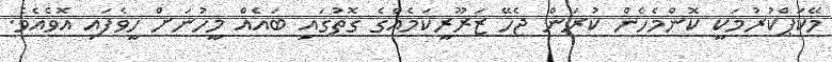
މޭކަޕްކުރުމަކީ ކޮންމެހެން ކުރަން ޖެހޭ ޒަރޫރީކަމެއްގެ ގޮތުގައި ބައެއް މީހުނަށް ހީވެފައި އޮވެއެވެ.